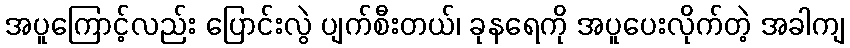
အပူကြောင့်လည်း ပြောင်းလွဲ ပျက်စီးတယ်၊ ခုနရေကို အပူပေးလိုက်တဲ့ အခါကျ